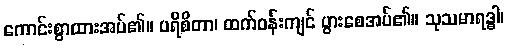
ကောင်းစွာထားအပ်၏။ ပရိစိတာ၊ ထက်ဝန်းကျင် ပွားစေအပ်၏။ သုသမာရဒ္ဓါ၊